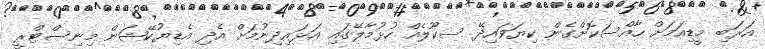
އަރަބި މީޑިއަމަށް ހާއްސަކޮށްގެން ކިޔަވައިދޭ ސކޫލެއް ހުޅުމާލޭގައި އަޅައިދިނުމަށް އެދި އެޑިޔުކޭޝަން މިނިސްޓްރީ